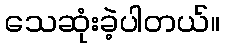
သေဆုံးခဲ့ပါတယ်။